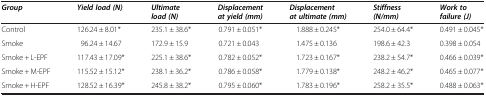
| Group | Yield load (N) | Ultimate load (N) | Displacement at yield (mm) | Displacement at ultimate (mm) | Stiffness (N/mm) | Work to failure (J) |
 | --- | --- | --- | --- | --- | --- | --- |
 | Control | 126.24 ± 8.01* | 235.1 ± 38.6* | 0.791 ± 0.051* | 1.888 ± 0.245* | 254.0 ± 64.4* | 0.491 ± 0.045* |
 | Smoke | 96.24 ± 14.67 | 172.9 ± 15.9 | 0.721 ± 0.043 | 1.475 ± 0.136 | 198.6 ± 42.3 | 0.398 ± 0.054 |
 | Smoke + L-EPF | 117.43 ± 17.09* | 225.1 ± 38.6* | 0.782 ± 0.052* | 1.723 ± 0.167* | 238.2 ± 54.7* | 0.466 ± 0.039* |
 | Smoke + M-EPF | 115.52 ± 15.12* | 238.1 ± 36.2* | 0.786 ± 0.058* | 1.779 ± 0.138* | 248.2 ± 46.2* | 0.465 ± 0.077* |
 | Smoke + H-EPF | 128.52 ± 16.39* | 245.8 ± 38.2* | 0.795 ± 0.060* | 1.783 ± 0.196* | 258.2 ± 35.5* | 0.488 ± 0.063* |